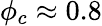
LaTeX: \phi_{c}\approx 0.8